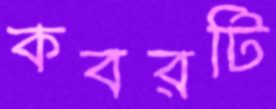
কবরটি